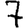
Digit: 7